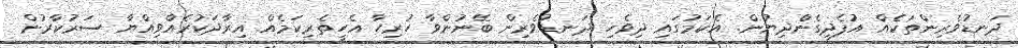
ދަނޑުވެރިންތަކެއް އުފެދިގެންދިޔުން. އެކަމުގައި ދިވެހި ދަނޑުވެރިން ބޭނުންވާ ހުރިހާ އެހީތެރިކަމެއް އިރާދަކުރެއްވިއްޔާ ސަރުކާރުން